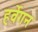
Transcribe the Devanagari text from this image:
हर्वेगन